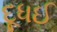
દૂધઈ